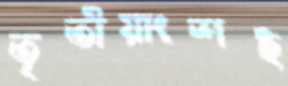
তৃতীয়াংশই